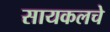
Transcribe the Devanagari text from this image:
सायकलचे